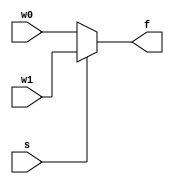
`timescale 1ns / 1ps
//////////////////////////////////////////////////////////////////////////////////
// Company: 
// Engineer: 
// 
// Design Name: 
// Module Name: mux_2x1_nbit
// Project Name: 
// Target Devices: 
// Tool Versions: 
// Description: 
// 
// Dependencies: 
// 
// Revision:
// Revision 0.01 - File Created
// Additional Comments:
// 
//////////////////////////////////////////////////////////////////////////////////


module mux_2x1_nbit
   #(parameter N = 3) 
   (
     input [N-1:0] w0,w1,
     input s ,
     output reg [N-1:0]f 

    );
    
    always @(w0,w1,s)
    begin
        f = s?w1:w0;
    end
    
        
     
endmodule